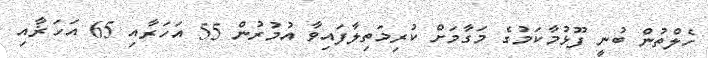
ހެލްތުން ބުނީ ފޫޅުމާކަމުގެ މަގާމަށް ކުރިމަތިލާފައިވާ އުމުރުން 55 އަހަރާއި 65 އަހަޜާއި